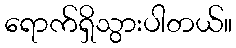
ရောက်ရှိသွားပါတယ်။